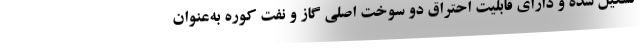
تشکیل شده و دارای قابلیت احتراق دو سوخت اصلی گاز و نفت کوره به‌عنوان